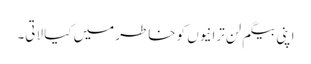
اپنی بیگم لن ترانیوں کو خاطر میں کیا لاتی۔